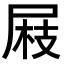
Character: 𡲅